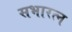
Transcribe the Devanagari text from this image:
सभारत्न